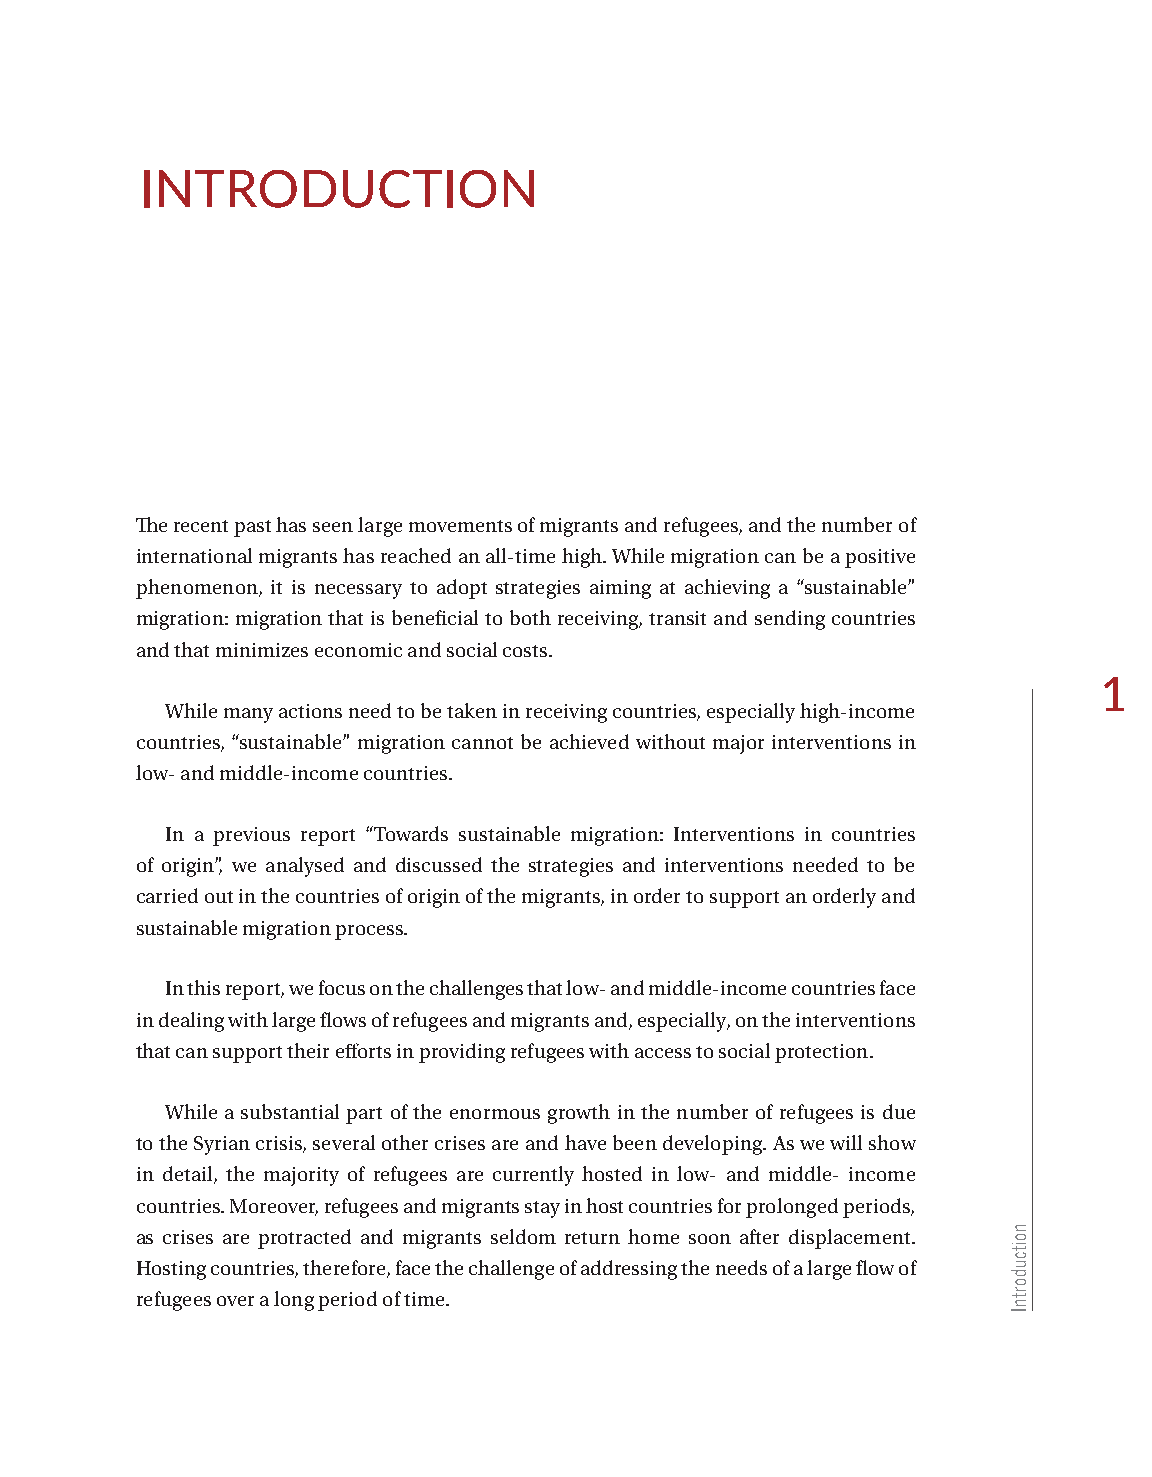
IntRodUctIon
 The recent past has seen large movements of migrants and refugees, and the number of
 international migrants has reached an all-time high. While migration can be a positive
 phenomenon, it is necessary to adopt strategies aiming at achieving a “sustainable”
 migration: migration that is beneficial to both receiving, transit and sending countries
 and that minimizes economic and social costs.
 1
 While many actions need to be taken in receiving countries, especially high-income
 countries, “sustainable” migration cannot be achieved without major interventions in
 low- and middle-income countries.
 In a previous report “Towards sustainable migration: Interventions in countries
 of origin”, we analysed and discussed the strategies and interventions needed to be
 carried out in the countries of origin of the migrants, in order to support an orderly and
 sustainable migration process.
 In this report, we focus on the challenges that low- and middle-income countries face
 in dealing with large flows of refugees and migrants and, especially, on the interventions
 that can support their efforts in providing refugees with access to social protection.
 While a substantial part of the enormous growth in the number of refugees is due
 to the Syrian crisis, several other crises are and have been developing. As we will show
 in detail, the majority of refugees are currently hosted in low- and middle- income
 countries. Moreover, refugees and migrants stay in host countries for prolonged periods,
 as crises are protracted and migrants seldom return home soon after displacement.
 Hosting countries, therefore, face the challenge of addressing the needs of a large flow of
 refugees over a long period of time.
 noitcudortnI